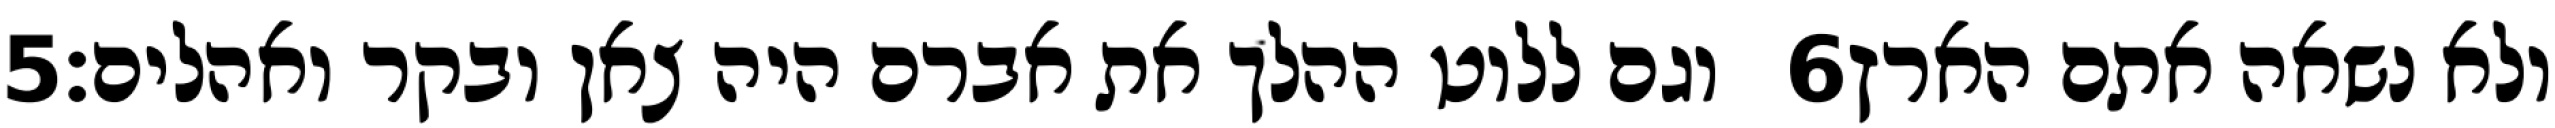
‎5‏ וגם ללוט ההלך את אברם היה צאן ובקר ואהלים׃ ‎6‏ ולא נשאה אתם הארץ